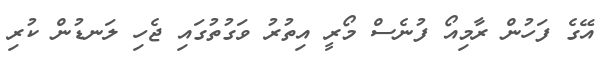
އޭގެ ފަހުން ރާމިއޯ ފުނެސް މޯރީ އިތުރު ވަގުތުގައި ޖެހި ލަނޑުން ކުރި